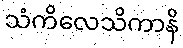
သံကိလေသိကာနိ